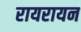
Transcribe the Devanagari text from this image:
रायरायन